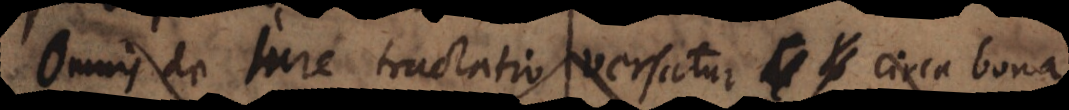
Omnis de jure tractatio versatur circa bon